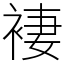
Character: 褄